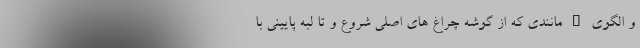
و الگوی L مانندی که از گوشه چراغ های اصلی شروع و تا لبه پایینی با